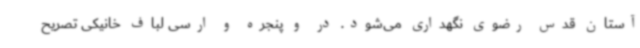
آستان قدس رضوی نگهداری می‌شود. در و پنجره و ارسی لباف خانیکی تصریح